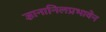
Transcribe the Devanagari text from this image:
ज्ञानानिलप्रभावेन